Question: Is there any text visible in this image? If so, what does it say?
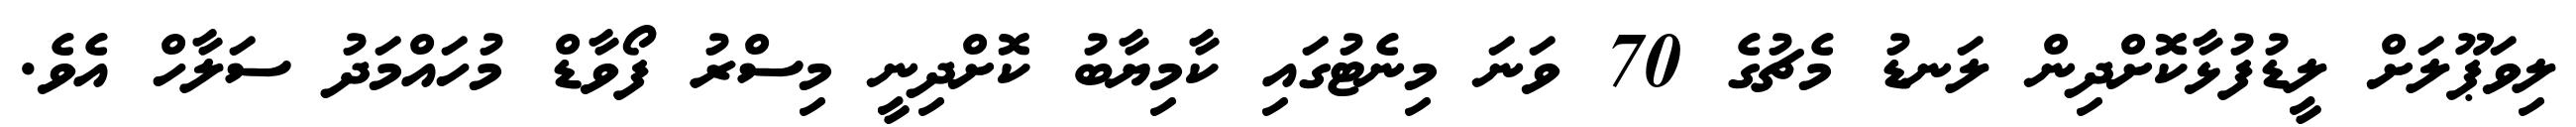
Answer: ލިވަޕޫލަށް ލީޑުފުޅާކޮށްދިން ލަނޑު މެޗުގެ 70 ވަނަ މިނެޓުގައި ކާމިޔާބު ކޮށްދިނީ މިސްރު ފޯވާޑް މުހައްމަދު ސަލާހް އެވެ.